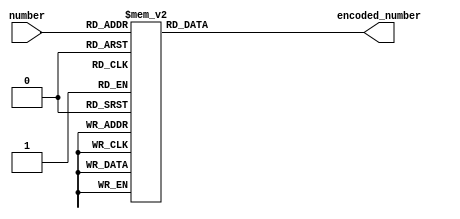
module decimal_priority_encoder(
    input [3:0] number,
    output reg [3:0] encoded_number
);

always @(*) begin
    case(number)
        4'b0000: encoded_number = 4'b0001; // Decimal 1
        4'b0001: encoded_number = 4'b0010; // Decimal 2
        4'b0010: encoded_number = 4'b0011; // Decimal 3
        4'b0011: encoded_number = 4'b0100; // Decimal 4
        4'b0100: encoded_number = 4'b0101; // Decimal 5
        4'b0101: encoded_number = 4'b0110; // Decimal 6
        4'b0110: encoded_number = 4'b0111; // Decimal 7
        4'b0111: encoded_number = 4'b1000; // Decimal 8
        4'b1000: encoded_number = 4'b1001; // Decimal 9
        4'b1001: encoded_number = 4'b1001; // Decimal 9
        default: encoded_number = 4'b0000; // Decimal 0
    endcase
end

endmodule